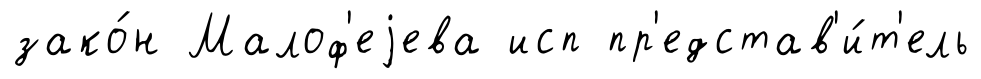
зако́н Малоф'еjева исп пр'едстав'и́т'ель